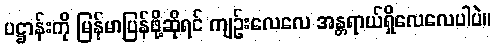
ပဋ္ဌာန်းကို မြန်မာပြန်ဖို့ဆိုရင် ကျဉ်းလေလေ အန္တရာယ်ရှိလေလေပါပဲ။